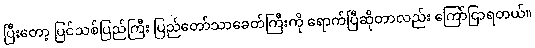
ပြီးတော့ ပြင်သစ်ပြည်ကြီး ပြည်တော်သာခေတ်ကြီးကို ရောက်ပြီဆိုတာလည်း ကြော်ငြာရတယ်။